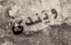
ويندى